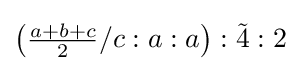
\left({\tfrac {a+b+c}{2}}/c:a:a\right):{\tilde {4}}:2